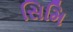
સિમિ